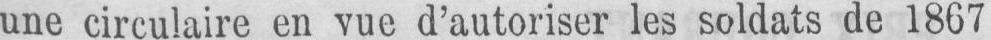
une circulaire en vue d’autoriser les soldats de 1867